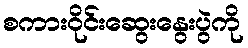
စကားဝိုင်းဆွေးနွေးပွဲကို